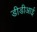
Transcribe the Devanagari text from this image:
डीडीआई